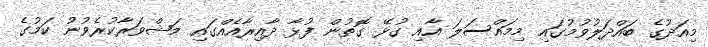
މިއަދުގެ ބައްދަލުވުމުގައި މިމައްސަލަ އާއި ގުޅޭ ގޮތުން ފުޅާ ދާއިރާއެއްގައި މަޝްވަރާކުރެވުނު ކަމުގެ